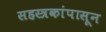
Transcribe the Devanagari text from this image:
सहस्त्रकांपासून